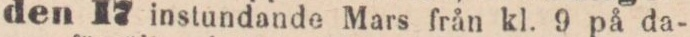
den 17 instundande Mars från kl. 9 på da-